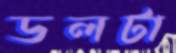
ডলটা